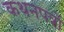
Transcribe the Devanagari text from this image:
कथनपत्रों